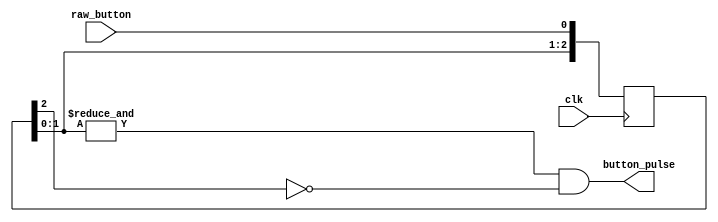
`timescale 1ns / 1ps
   
module button_pulse(
		    input clk,
		    input raw_button,
		    output button_pulse
		    );
    
    localparam N = 3;
    
    reg [N - 1:0] Q_reg;
    
    always @(posedge clk)
    begin
        Q_reg <= {Q_reg[N - 2:0], raw_button};
    end

	// only sends a pulse after 2 clock cycles of raw_button == 1
	// if Q_reg[2:0] == 3'b111 then button_pulse = 0;
    assign button_pulse = (&Q_reg[N - 2:0]) & ~Q_reg[N-1];
endmodule